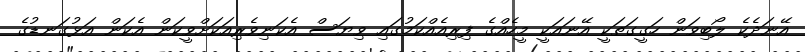
އޭނަދެކެ ލޯބިވަން ހަގީގަތަކީ އޭނައަކީ މީހެއްގެ ފިރިއެއްކަމުގައި ވިޔަސް އެކަނިވެރިއަކަށްވީކަން އެކަން އަޅުގަނޑުގެ